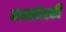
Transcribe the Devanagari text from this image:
मथकोत्स्की